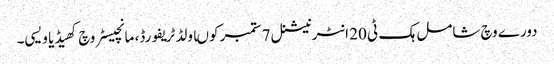
دورے وچ شامل ہک ٹی 20 انٹرنیشنل 7 ستمبر کوںاولڈ ٹریفورڈ، مانچیسٹر وچ کھیڈیا ویسی۔